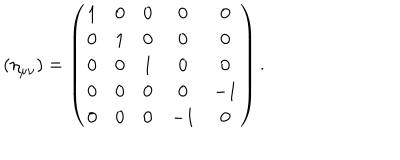
( { \eta } _ { \mu \nu } ) = \left( \begin{array} { c c c c c } { { 1 } } & { { 0 } } & { { 0 } } & { { 0 } } & { { 0 } } \\ { { 0 } } & { { 1 } } & { { 0 } } & { { 0 } } & { { 0 } } \\ { { 0 } } & { { 0 } } & { { 1 } } & { { 0 } } & { { 0 } } \\ { { 0 } } & { { 0 } } & { { 0 } } & { { 0 } } & { { - 1 } } \\ { { 0 } } & { { 0 } } & { { 0 } } & { { - 1 } } & { { 0 } } \\ \end{array} \right) .